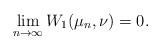
LaTeX: \begin{align*} \lim_{n\rightarrow \infty} W_1(\mu_n, \nu) = 0.\end{align*}